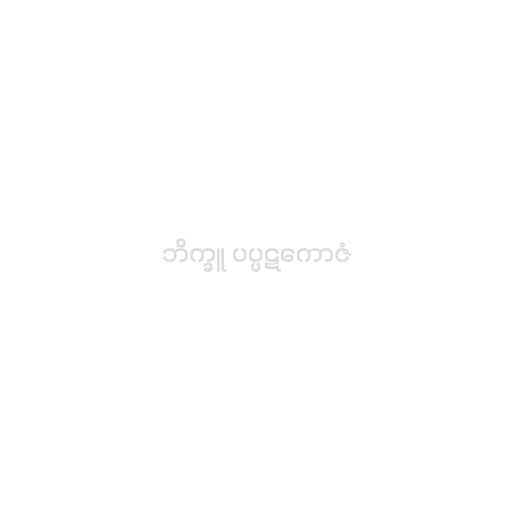
ဘိက္ခူ ပပ္ပဋကောဇံ